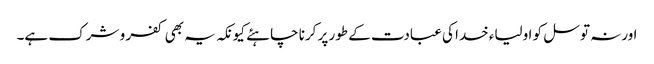
اورنہ توسل کو اولیاء خدا کی عبادت کے طور پر کرنا چاہئے کیونکہ یہ بھی کفر و شرک ہے۔